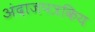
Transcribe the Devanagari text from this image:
अंदाजपत्रकिय